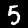
Label: 5